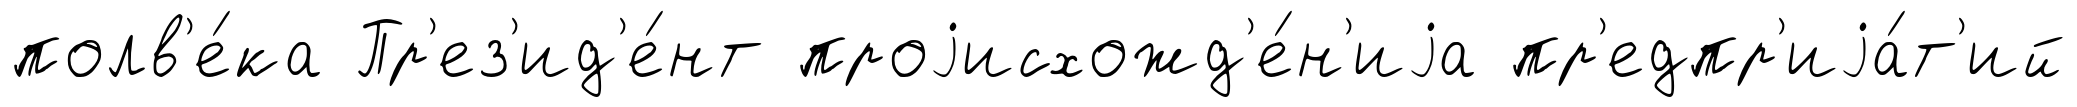
полв'е́ка Пр'ез'ид'е́нт проjисхожд'е́н'иjа пр'едпр'иjа́т'ий